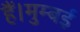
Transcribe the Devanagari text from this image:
हैं।मुम्बई